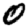
Digit: 0